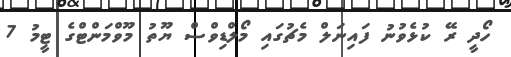
ހޯދީ ރޭ ކުޅެވުނު ފައިނަލް މެޗުގައި މޯލްޑިވްސް ޔޫތު މޫވްމަންޓްގެ ޓީމު 7